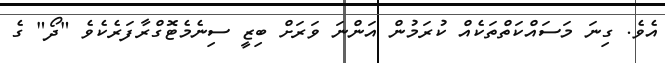
އެވެ. ގިނަ މަސައްކަތްތަކެއް ކުރަމުން އަންނަ ވަރަށް ބިޒީ ސިނެމެޓޮގްރާފަރެކެވެ "ދޯ" ގެ